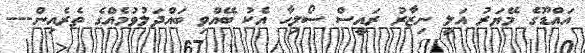
އައްޑޫގެ މޭޔަރު އަލީ ނިޒާރު ރައީސް ސޯލިހާ އެކު ބޭއްވި ބައްދަލުވުމެއްގެ ތެރެއިން---